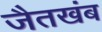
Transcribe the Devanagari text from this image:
जैतखंब